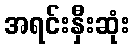
အရင်းနှီးဆုံး